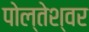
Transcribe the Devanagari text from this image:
पोल्तेश्वर